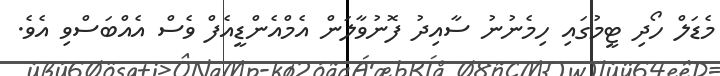
މެޑަލް ހޯދި ޓީމުގައި ހިމެނުނު ސާއިދު ފޮނުވާލަން އެމްއެންޑީއެފް ވެސް އެއްބަސްވި އެވެ.